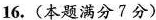
16.(本题满分7分)